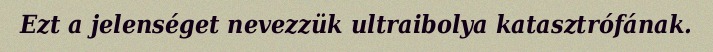
Ezt a jelenséget nevezzük ultraibolya katasztrófának.